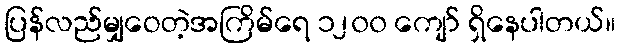
ပြန်လည်မျှဝေတဲ့အကြိမ်ရေ ၁၂၀၀ ကျော် ရှိနေပါတယ်။